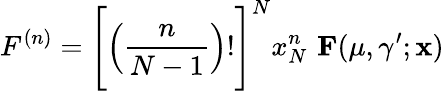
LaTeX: F^{(n)}=\Bigg[\Big(\frac{n}{N-1}\Big)!\Bigg]^{N}x_{N}^{n}\, \, {\mathbf F}(\mu,\gamma^{\prime};{\mathbf x})